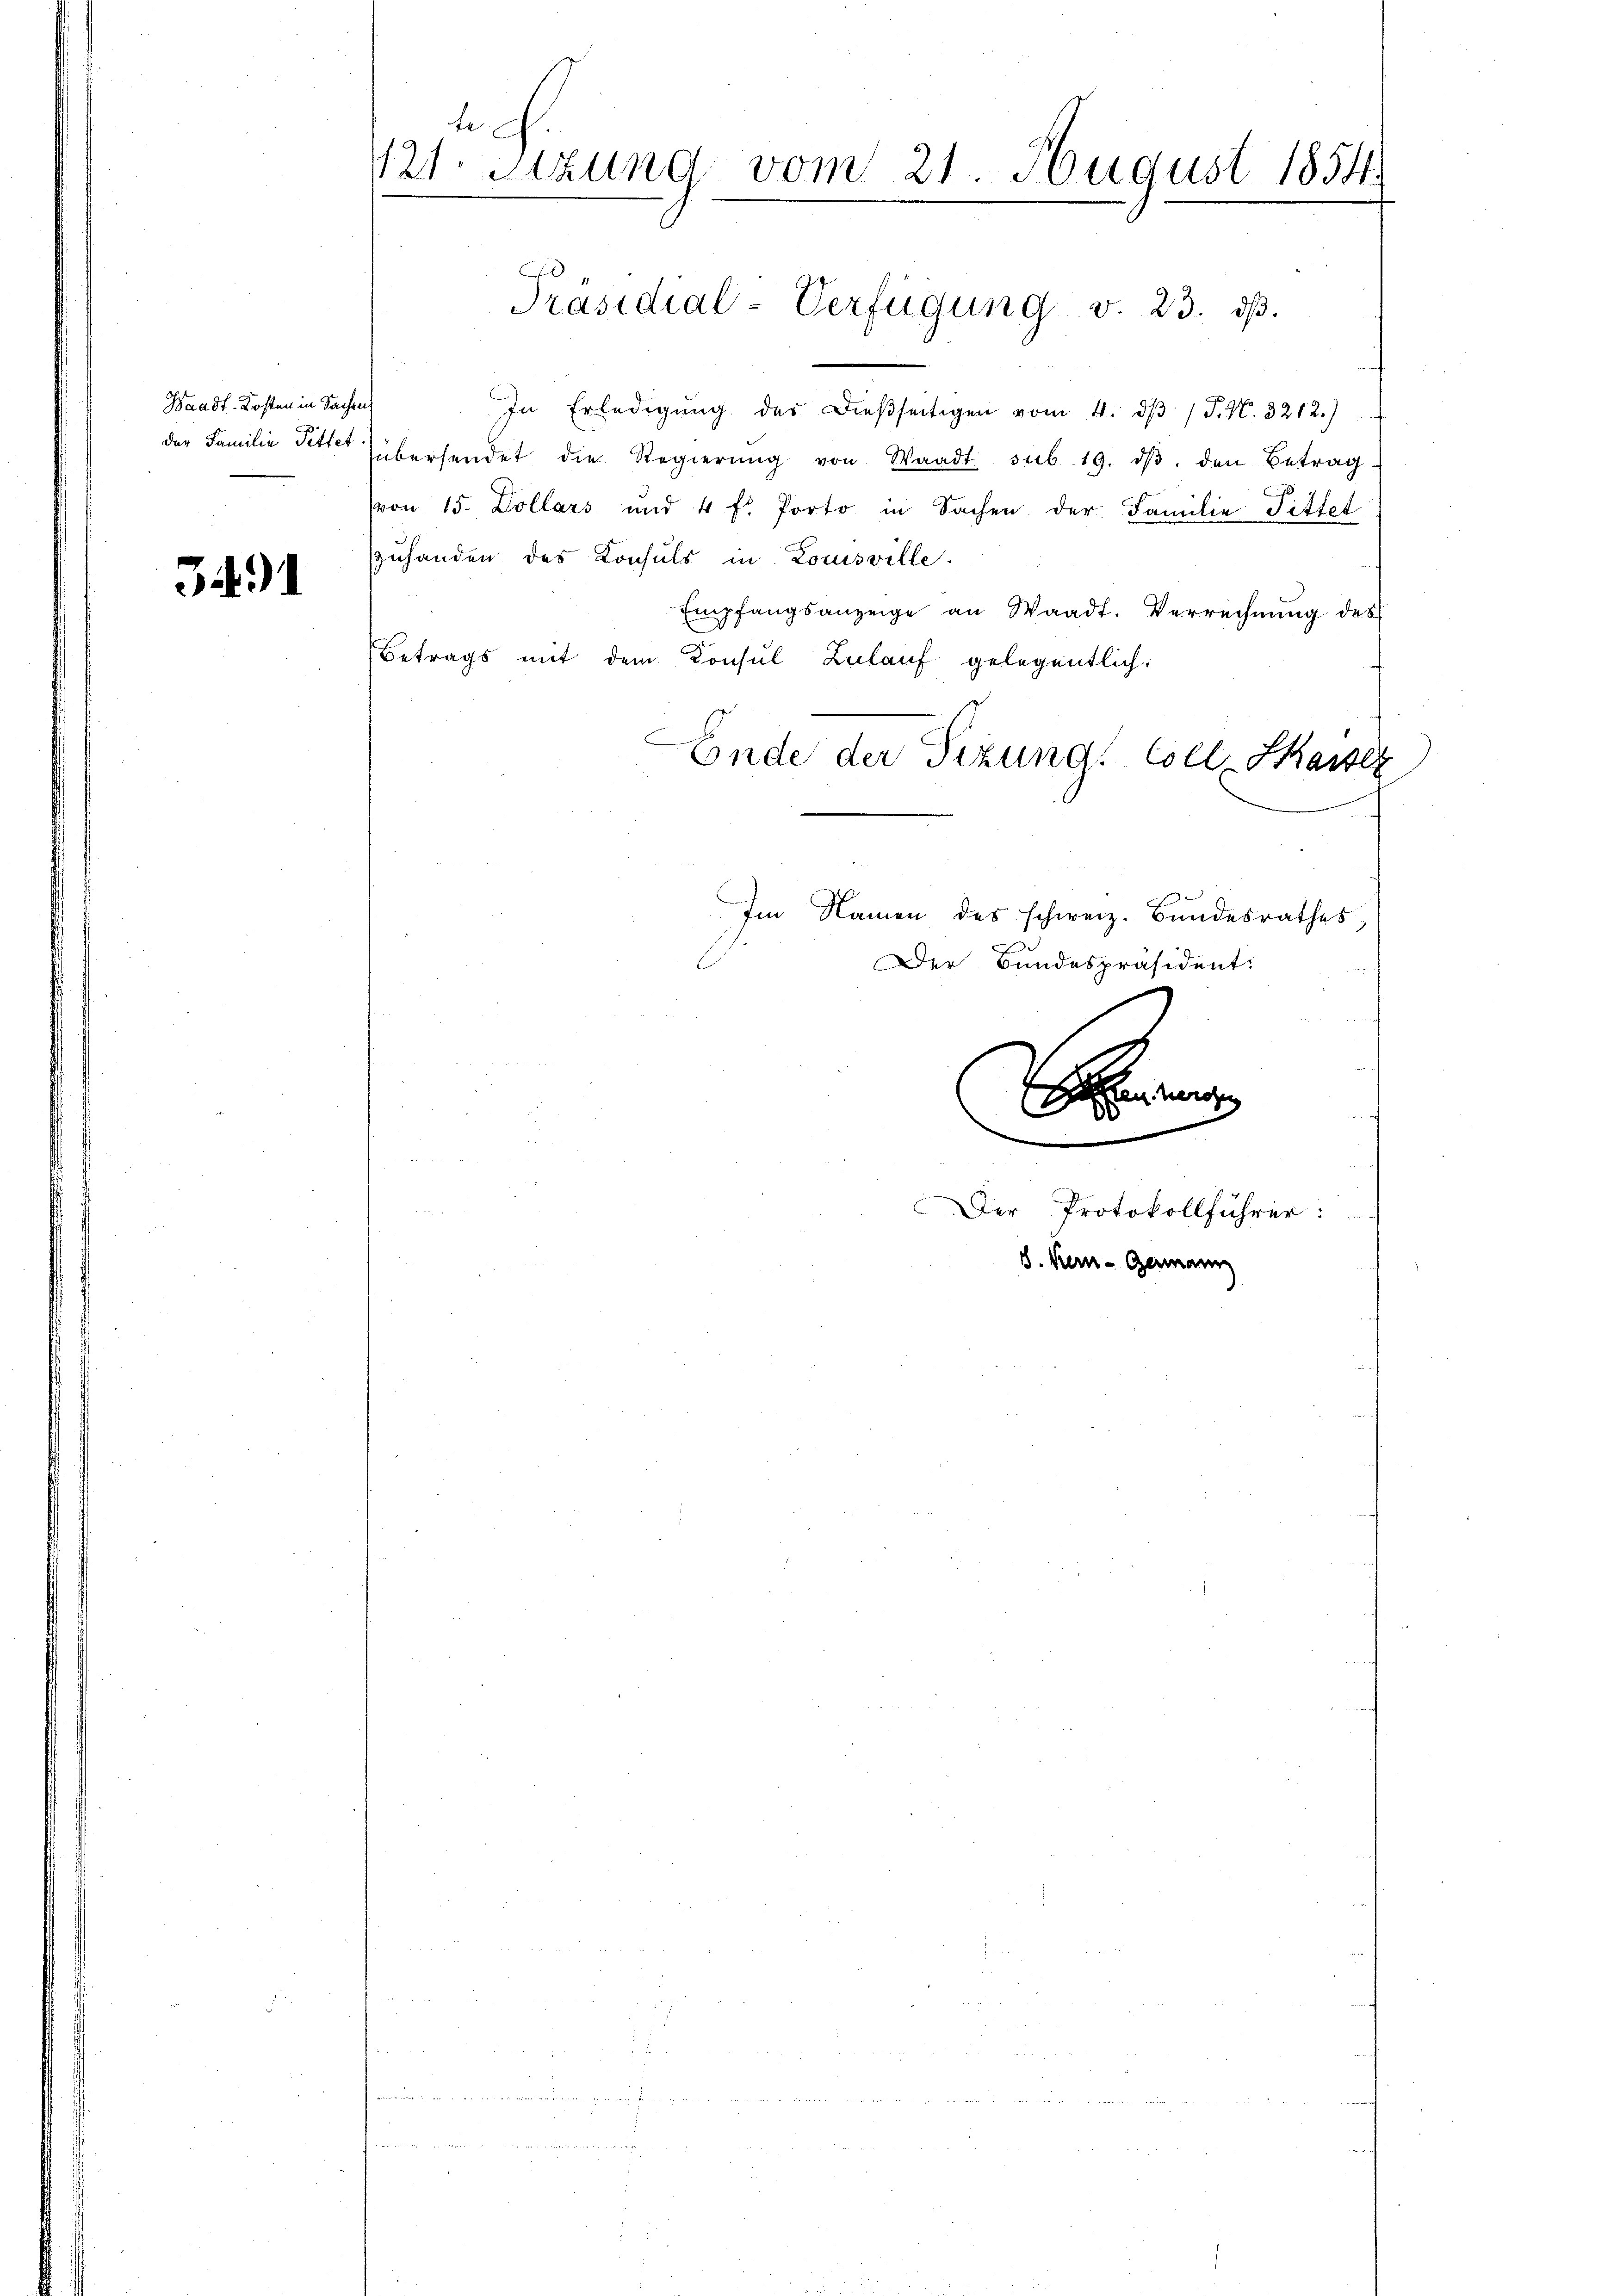
Waadt. Kosten in Sachen

3491

te
121. Sitzung vom 21. August 1854

In Erledigŭng des dießseitigen vom 4. dβ / P. N. 3212.)
der Familie Sitte übersendet die Regierŭng von Waadt sub 19. dβ. den Betrag
(von 15. Dollars und 4 f. Porto in Sachen der Familie Tittel
zuhanden des Konsuls in Louisville.
Empfangsanzeige an Waadt. Verrechnung des
Betrags mit dem Konsul Zulauf gelegentlich
Ende der Sizung. Colle Kaiser
Im Namen des schweiz. Bundesrathes,
Der Bundespräsident:

Präsidial-Verfügung v. 23. dβ.

Gran
00

Der Protokollführer:
8. Ker-Germann